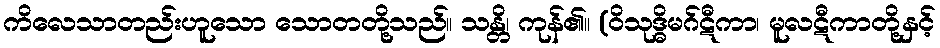
ကိလေသာတည်းဟူသော သောတတို့သည်။ သန္တိ၊ ကုန်၏။ (ဝိသုဒ္ဓိမဂ်ဋီကာ၊ မူလဋီကာတို့နှင့်